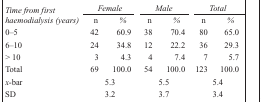
<table><thead><tr><td rowspan="2"><b><i>Time from first haemodialysis (years)</i></b></td><td colspan="2"><b><i>Female</i></b></td><td colspan="2"><b><i>Male</i></b></td><td colspan="2"><b><i>Total</i></b></td></tr><tr><td><b><i>n</i></b></td><td><b><i>%</i></b></td><td><b><i>n</i></b></td><td><b><i>%</i></b></td><td><b><i>n</i></b></td><td><b><i>%</i></b></td></tr></thead><tbody><tr><td>0–5</td><td>42</td><td>60.9</td><td>38</td><td>70.4</td><td>80</td><td>65.0</td></tr><tr><td>6–10</td><td>24</td><td>34.8</td><td>12</td><td>22.2</td><td>36</td><td>29.3</td></tr><tr><td>&gt; 10</td><td>3</td><td>4.3</td><td>4</td><td>7.4</td><td>7</td><td>5.7</td></tr><tr><td>Total</td><td>69</td><td>100.0</td><td>54</td><td>100.0</td><td>123</td><td>100.0</td></tr><tr><td><i>x</i>-bar</td><td colspan="2">5.3</td><td colspan="2">5.5</td><td colspan="2">5.4</td></tr><tr><td>SD</td><td colspan="2">3.2</td><td colspan="2">3.7</td><td colspan="2">3.4</td></tr></tbody></table>